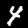
Label: 4